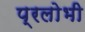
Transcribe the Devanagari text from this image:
प्रलोभी